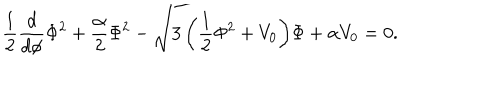
LaTeX: { \frac { 1 } { 2 } \frac { d } { d \phi } \Phi ^ { 2 } + \frac { \alpha } { 2 } \Phi ^ { 2 } - \sqrt { 3 \left( \frac { 1 } { 2 } \Phi ^ { 2 } + V _ { 0 } \right) } \Phi + \alpha V _ { 0 } = 0 . }